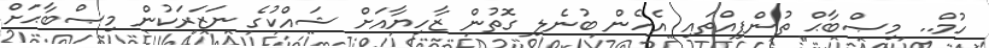
ހުމް.. މިޞްބާޙް ތުންފިއްތައި އެހެން ބުނެލި ގޮތުން ޒާހިޔާއަށް ޝައްކުގެ ނަޒަރަކުން މިޞްބާޙަށް